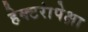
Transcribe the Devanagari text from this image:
हेक्टरांपेक्षा